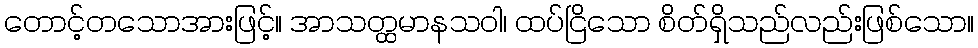
တောင့်တသောအားဖြင့်။ အာသတ္ထမာနသဝါ၊ ထပ်ငြိသော စိတ်ရှိသည်လည်းဖြစ်သော။